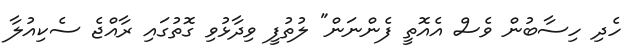
ހެދި ހިސާބުން ވެސް އެއޮތީ ފެންނަން" ލުތުފީ ވިދާޅުވި ގޮތުގައި ރާއްޖެ ސެކިއުލާ